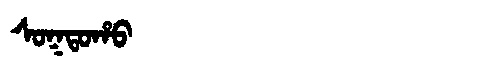
Manchu: ᠰᠣᡴᡨᠣᡥᠣ
Romanization: SOKTOHO